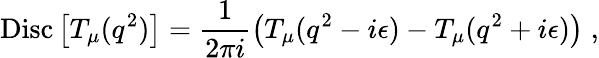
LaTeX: \mathrm{Disc}\left[T_{\mu}(q^{2})\right]=\frac{1}{2\pi i}\left(T_{\mu}(q^{2}-i\epsilon)-T_{\mu}(q^{2}+i\epsilon)\right)\; ,